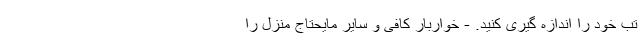
تب خود را اندازه گیری کنید. - خواربار کافی و سایر مایحتاج منزل را